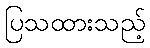
ပြသထားသည့်